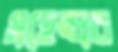
মহেন্দ্রর